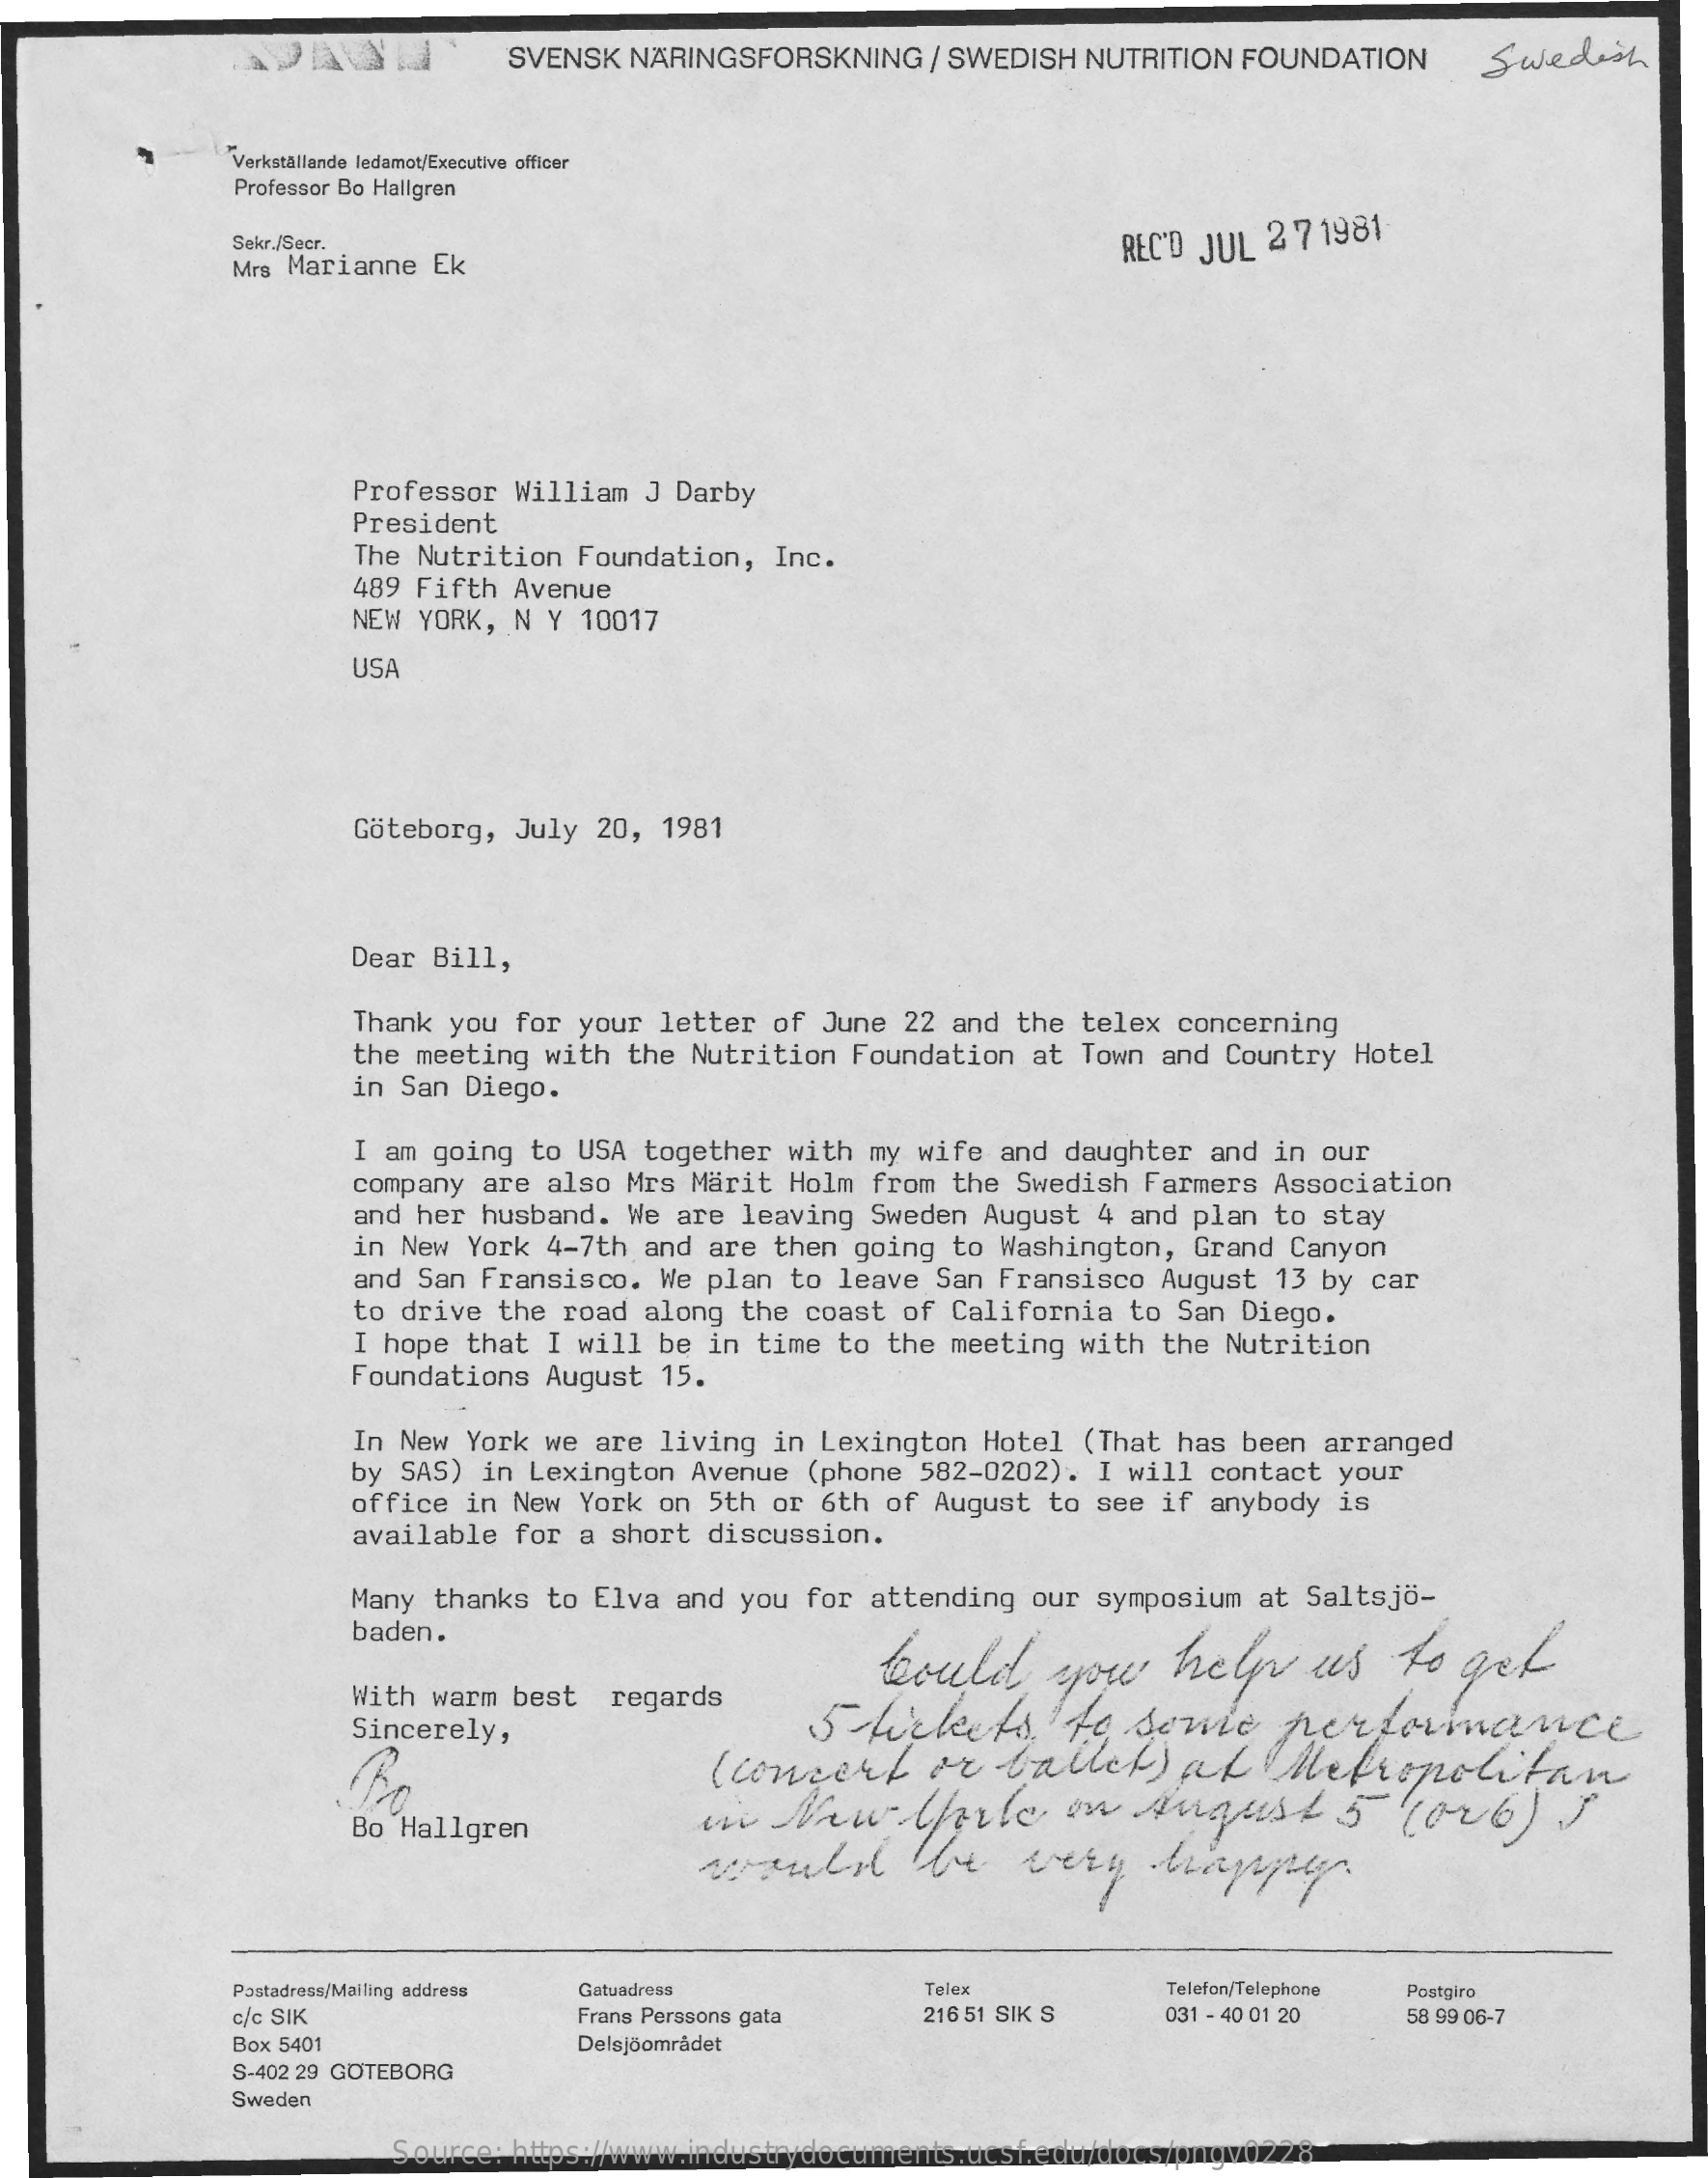
SVENSK NÄRINGSFORSKNING / SWEDISH NUTRITION FOUNDATION Swedish
     Verkställande ledamot/Executive officer
     Professor Bo Hallgren
     Sekr./Secr.
     Mrs Marianne Ek
     REC'D JUL 27 1981
     Professor William J Darby
     President
     The Nutrition Foundation, Inc.
     489 Fifth Avenue
     NEW YORK, N Y 10017
     USA
     Göteborg, July 20, 1981
     Dear Bill,
     Thank you for your letter of June 22 and the telex concerning
     the meeting with the Nutrition Foundation at Town and Country Hotel
     in San Diego.
     I am going to USA together with my wife and daughter and in our
     company are also Mrs Marit Holm from the Swedish Farmers Association
     and her husband. We are leaving Sweden August 4 and plan to stay
     in New York 4-7th and are then going to Washington, Grand Canyon
     and San Fransisco. We plan to leave San Fransisco August 13 by car
     to drive the road along the coast of California to San Diego.
     I hope that I will be in time to the meeting with the Nutrition
     Foundations August 15.
     In New York we are living in Lexington Hotel (That has been arranged
     by SAS) in Lexington Avenue (phone 582-0202) . I will contact your
     office in New York on 5th or 6th of August to see if anybody is
     available for a short discussion.
     Many thanks to Elva and you for attending our symposium at Saltsjö-
     baden.
     would    you   help   us  to  get
     With warm best regards
     Sincerely,    5 tickets    to some    performance
     ( concert or  ballet   ) at   Metropolitan
     Bo Hallgren
     Postadress/Mailing address Gatuadress Telex    Telefon/Telephone Postgiro
     c/c SIK    Frans Perssons gata 216 51 SIK S 031 - 40 01 20 58 99 06-7
     Box 5401    Delsjöområdet
     S-402 29 GOTEBORG
     Sweden
     Source: https://www.industrydocuments.ucsf.edu/docs/pngv0228